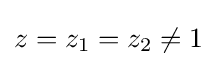
z=z_{1}=z_{2}\neq 1